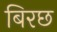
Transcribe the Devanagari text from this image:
बिरछ